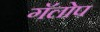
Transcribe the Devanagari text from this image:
गॅलोप